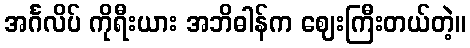
အင်္ဂလိပ် ကိုရီးယား အဘိဓါန်က ဈေးကြီးတယ်တဲ့။